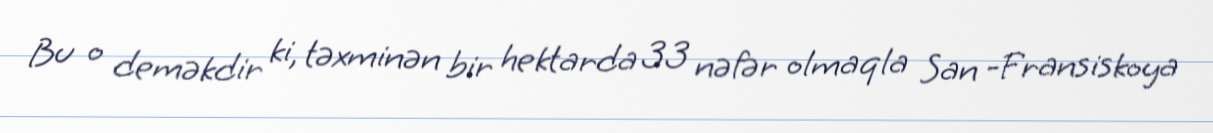
Bu o deməkdir ki, təxminən bir hektarda 33 nəfər olmaqla San -Fransiskoya